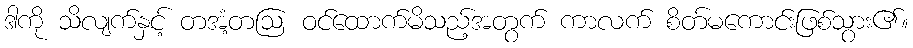
ဒါကို သိလျက်နှင့် တအံ့တဩ ဝင်ထောက်မိသည့်အတွက် ကာလက် စိတ်မကောင်းဖြစ်သွား၏။